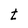
Character: t